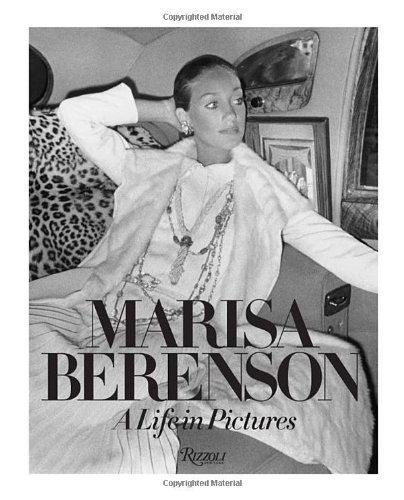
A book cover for Marisa Berenson: A Life in Pictures; Marisa Berenson; Arts & Photography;